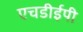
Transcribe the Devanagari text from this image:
एचडीईपी